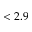
< 2 . 9